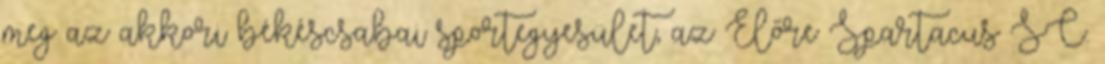
meg az akkori békéscsabai sportegyesület, az Előre Spartacus SC.